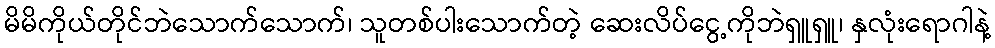
မိမိကိုယ်တိုင်ဘဲသောက်သောက်၊ သူတစ်ပါးသောက်တဲ့ ဆေးလိပ်ငွေ့ကိုဘဲရှူရှူ၊ နှလုံးရောဂါနဲ့